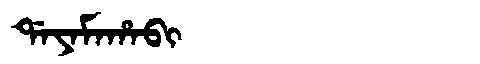
Manchu: ᡩᠠᠶᠠᠮᠠᡥᠠᠪᡳ
Romanization: DAYAMAHABI